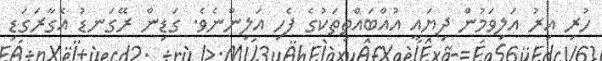
ހުރި އިރު އަލިވަމުން ދިޔައީ އުއްބައްތިތަކުގެ ފެހި އަލިންނެވެ. ގަޑިން ރޭގަނޑު އެގާރަގަޑި